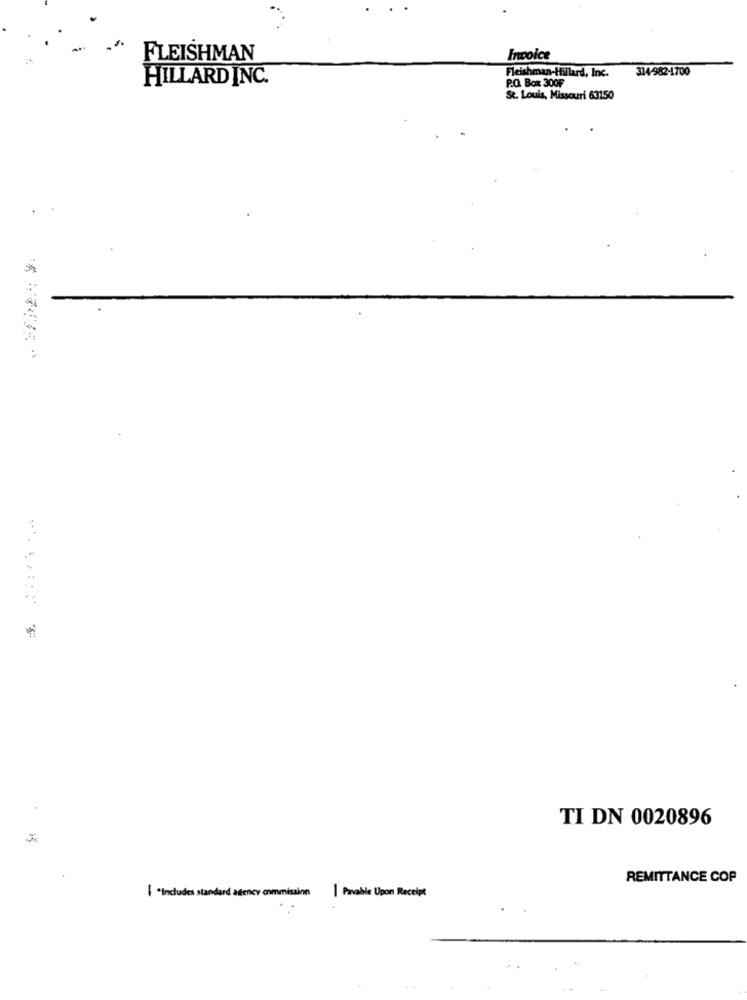
FLEISHMAN
Invoice
314-982-1700
HILLARD INC.
P.O. Box 300F
Fleishman-Hillard, Inc.
St. Louis, Missouri 63150
TI DN 0020896
REMITTANCE COP
I *Includes standard agency commission
| Pavable Upon Receipt